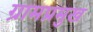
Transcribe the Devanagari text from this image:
ग्रामप्रमुख